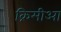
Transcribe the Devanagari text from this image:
क्रिमीआ